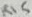
Text: R15